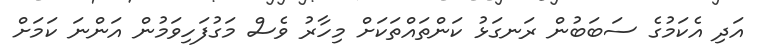
އަދި އެކަމުގެ ސަބަބުން ރަނގަޅު ކަންތައްތަކަށް މިހާރު ވެސް މަގުފަހިވަމުން އަންނަ ކަމަށް